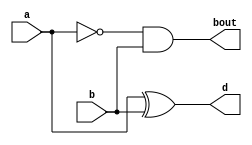
module half_sub_data(a,b,bout,d);
input a,b;
output bout,d;
assign bout = (~a)&b;
assign d = a^b;
endmodule